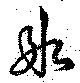
氷